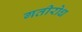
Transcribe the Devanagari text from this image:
गतीरोध